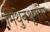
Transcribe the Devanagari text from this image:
मिथुनश्रृगांर